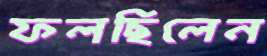
ফলছিলেন